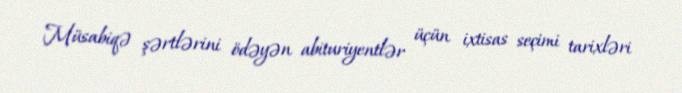
Müsabiqə şərtlərini ödəyən abituriyentlər üçün ixtisas seçimi tarixləri